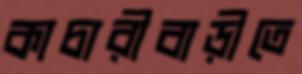
কাচারীবাড়ীতে